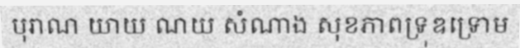
បុរាណ យាយ ណយ សំណាង សុខភាពទ្រុឌទ្រោម